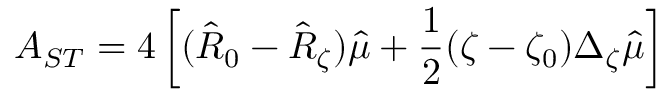
A _ { S T } = 4 \left[ ( \hat { R } _ { 0 } - \hat { R } _ { \zeta } ) \hat { \mu } + \frac { 1 } { 2 } ( \zeta - \zeta _ { 0 } ) \Delta _ { \zeta } \hat { \mu } \right]